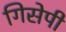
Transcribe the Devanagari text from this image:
गिसेपी